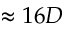
\approx 1 6 D